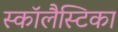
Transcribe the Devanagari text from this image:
स्कॉलैस्टिका